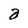
Character: a